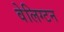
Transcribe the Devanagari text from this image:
वेलिग्टन